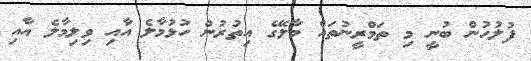
ފުލުހުން ބުނީ މި ތަމްރީނުތައް މާލޭގެ އިތުރުން ހުޅުމާލެ އާއި ވިލިމާލެ އާއި